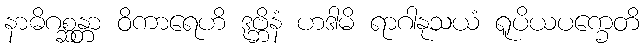
နာဓိဂစ္ဆန္တာ ဝိကာရေဟိ ဒုဗ္ဘိနံ ဟဒါမိ ရာဂါနုသယံ ရူပိယပက္ခေတိ